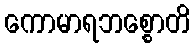
ကောမာရဘစ္စောတိ